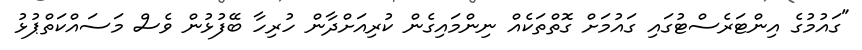
"ގައުމުގެ އިންޓަރެސްޓުގައި ގައުމަށް ގޮތްތަކެއް ނިންމައިގެން ކުރިއަށްދާން ހުރިހާ ބޭފުޅުން ވެސް މަސައްކަތްޕުޅު